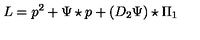
L = p ^ { 2 } + \Psi \star p + ( D _ { 2 } \Psi ) \star \Pi _ { 1 }